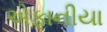
એફાનીયા